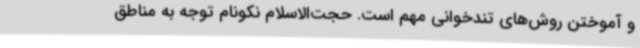
و آموختن روش‌های تندخوانی مهم است. حجت‌الاسلام نکونام توجه به مناطق